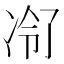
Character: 𪞠